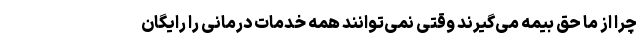
چرا از ما حق بیمه می‌گیرند وقتی نمی‌توانند همه خدمات درمانی را رایگان